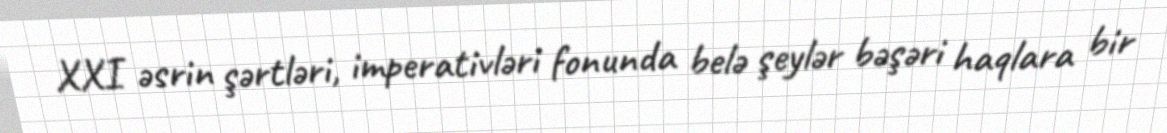
XXI əsrin şərtləri, imperativləri fonunda belə şeylər bəşəri haqlara bir